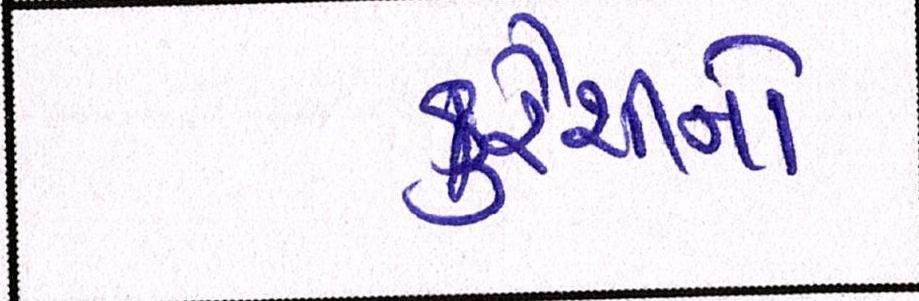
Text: કુરૈશીનો